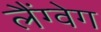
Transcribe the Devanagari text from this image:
लैंग्वेग